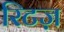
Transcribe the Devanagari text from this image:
रिटज़